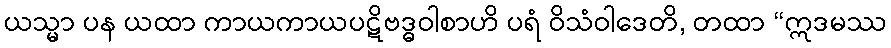
ယသ္မာ ပန ယထာ ကာယကာယပဋိဗဒ္ဓဝါစာဟိ ပရံ ဝိသံဝါဒေတိ, တထာ “ဣဒမဿ